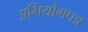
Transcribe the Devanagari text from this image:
अभियोगपत्र